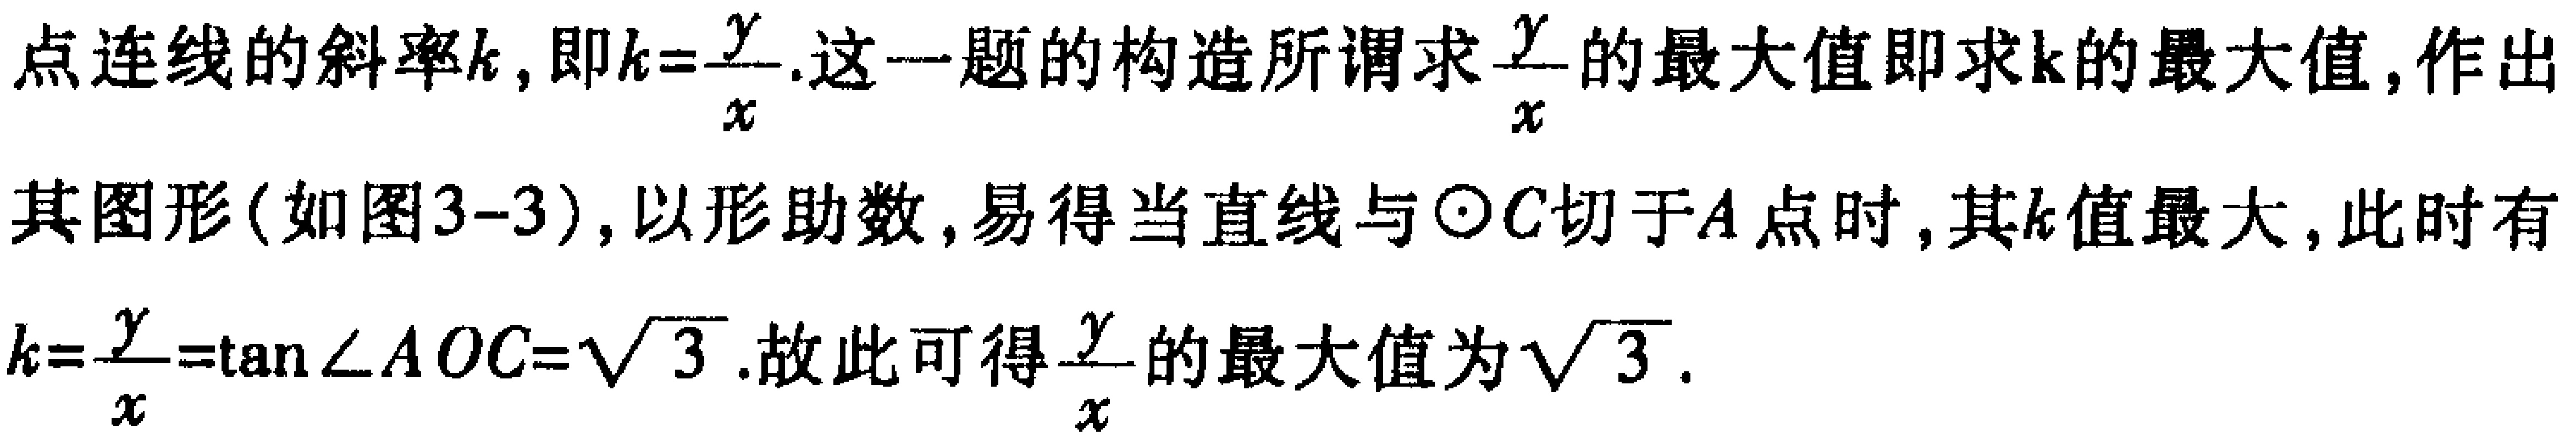
点连线的斜率\(k\)，即\(k = \frac{y}{x}\).这一题的构造所谓求\(\frac{y}{x}\)的最大值即求\(k\)的最大值，作出其图形(如图3-3)，以形助数，易得当直线与\(\odot C\)切于\(A\)点时，其\(k\)值最大，此时有\(k=\frac{y}{x}=\tan\angle AOC = \sqrt{3}\).故此可得\(\frac{y}{x}\)的最大值为\(\sqrt{3}\).